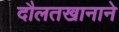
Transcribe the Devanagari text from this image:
दौलतखानाने